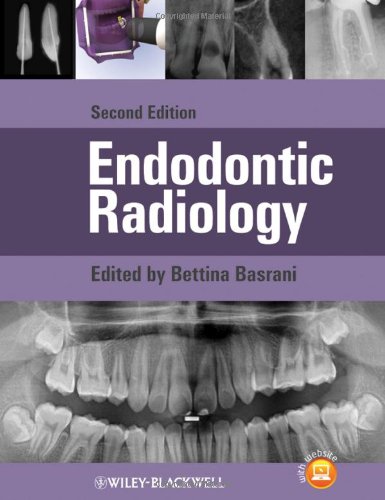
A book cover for Endodontic Radiology; Medical Books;